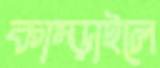
কাম্‌ড়াইলে